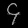
Digit: ၄